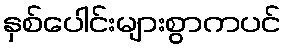
နှစ်ပေါင်းများစွာကပင်